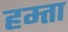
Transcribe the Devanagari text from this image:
हम्ता